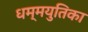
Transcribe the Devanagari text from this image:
धम्मयुतिका